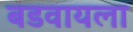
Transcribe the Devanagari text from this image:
बडवायला